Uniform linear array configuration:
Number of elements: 24
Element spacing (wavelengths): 0.75
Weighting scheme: kaiser
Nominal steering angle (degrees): -60
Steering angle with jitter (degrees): -60.055
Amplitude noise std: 0.05
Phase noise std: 0.05

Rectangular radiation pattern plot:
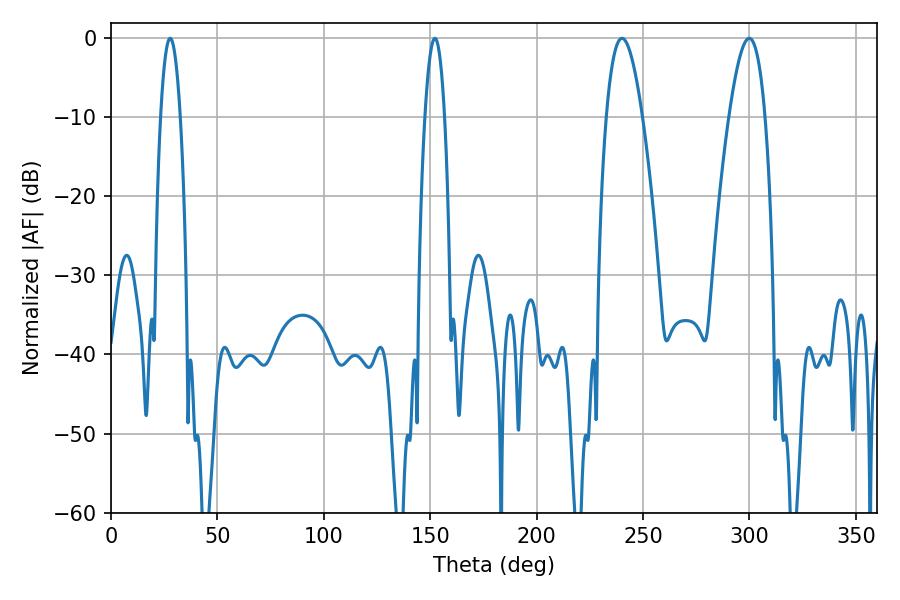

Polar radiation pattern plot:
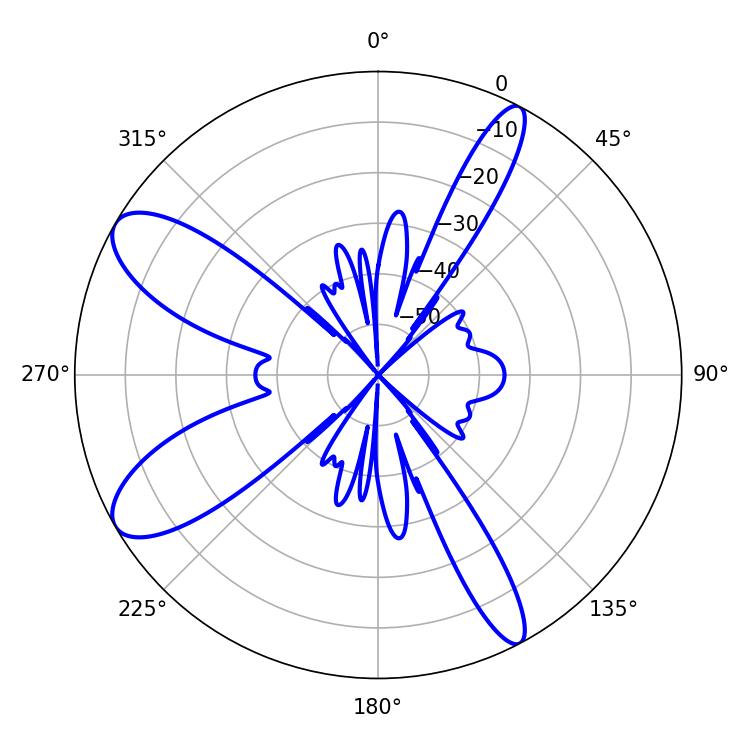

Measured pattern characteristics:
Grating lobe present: TRUE
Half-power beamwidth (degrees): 9.18
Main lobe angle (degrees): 240.12